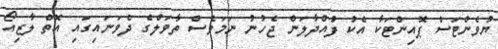
ޔުވެންޓަސް ޕޮއިންޓަކާ އެކު ފުއްދާލަން ޖެހުނު ނަމަވެސް ތާވަލްގެ ދެވަނައިގައި އޮތް ލާޒިއޯ